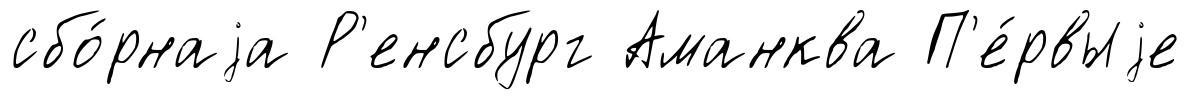
сбо́рнаjа Р'енсбург Аманква П'е́рвыjе